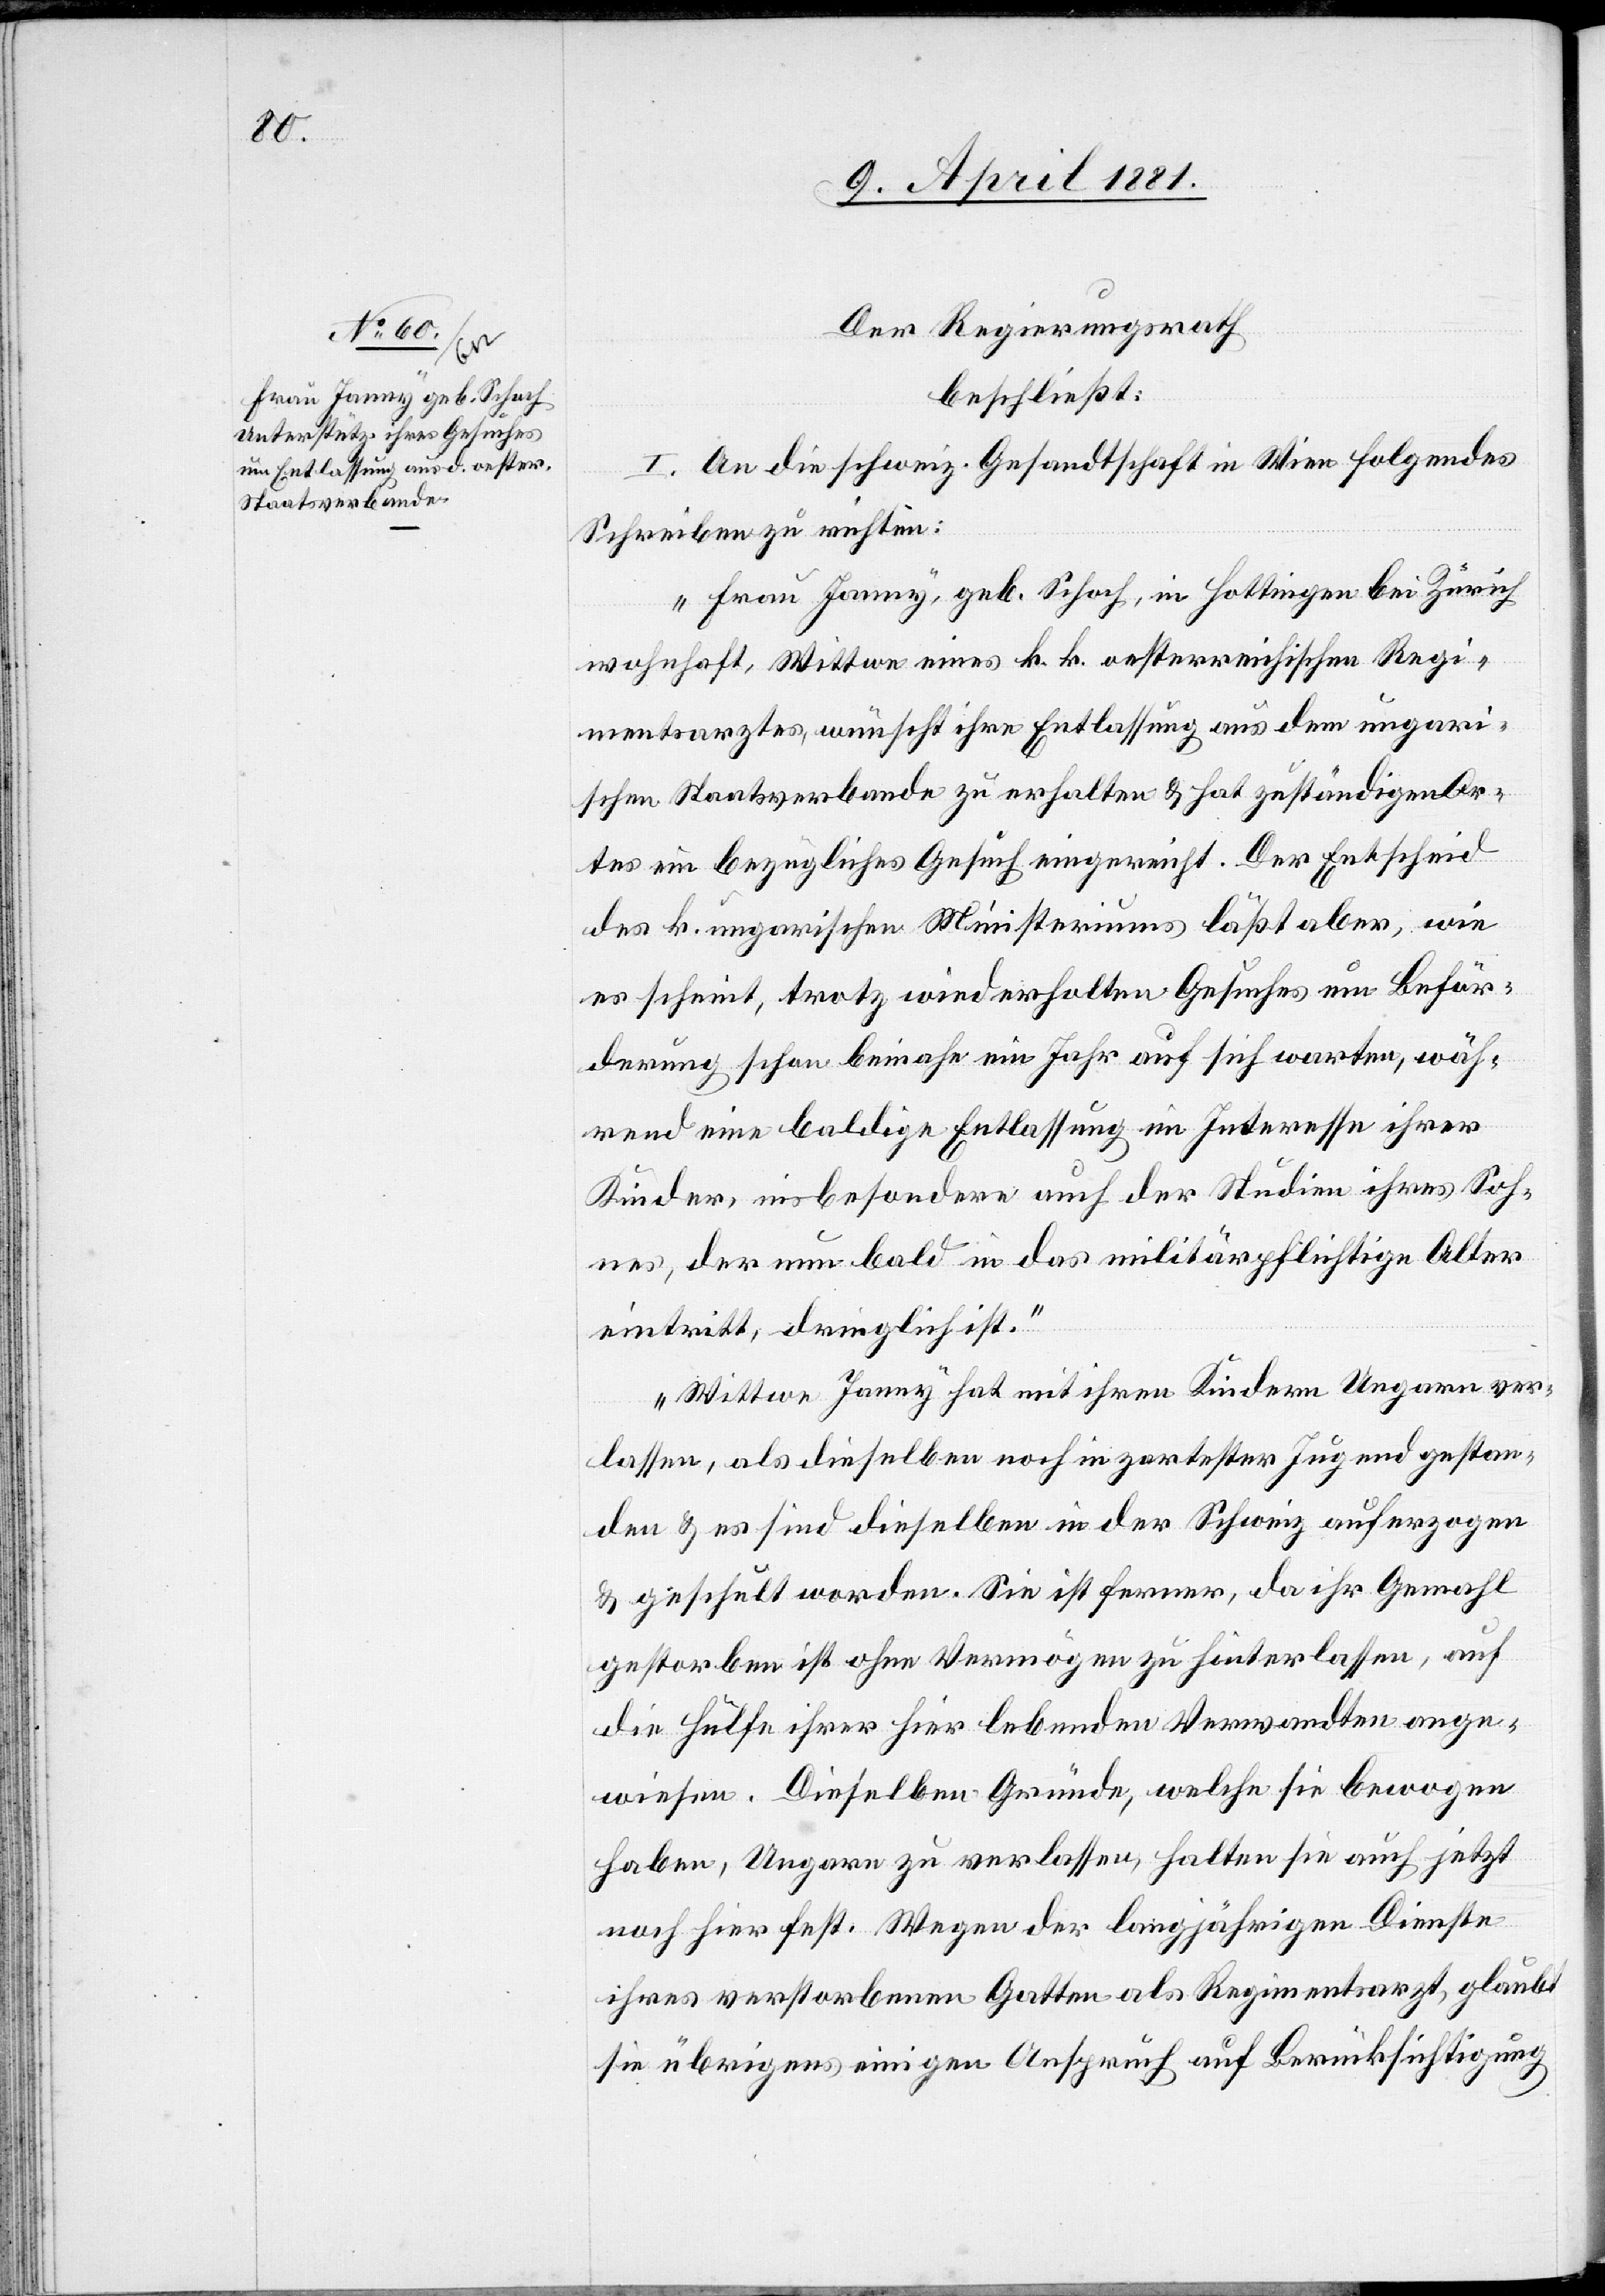
Der Regierungsrath
beschließt:
I. An die Schweiz. Gesandtschaft in Wien folgendes
Schreiben zu richten:
„Frau Janny, geb. Schoch, in Hottingen bei Zürich
wohnhaft, Wittwe eines k. k. oesterreichischen Regi¬
mentsarztes, wünscht ihre Entlassung aus dem ungari¬
schen Staatsverbande zu erhalten & hat zuständigen Or¬
tes ein bezügliches Gesuch eingereicht. Der Entscheid
des k. ungarischen Ministeriums läßt aber, wie
es scheint, trotz wiederholten Gesuches um Beför¬
derung schon beinahe ein Jahr auf sich warten, wäh¬
rend eine baldige Entlassung im Interesse ihres
Kindes, insbesondere auch der Studien ihres Soh¬
nes, der nun bald in das militärpflichtige Alter
eintritt, dringlich ist.
Wittwe Janny hat mit ihren Kindern Ungarn ver¬
lassen, als dieselben noch in zartester Jugend gestan¬
den & es sind dieselben in der Schweiz auferzogen
& geschult worden. Sie ist ferner, da ihr Gemahl
gestorben ist ohne Vermögen zu hinterlassen, auf
die Hülfe ihrer hier lebenden Verwandten ange¬
wiesen. Dieselben Gründe, welche sie bewogen
haben, Ungarn zu verlassen, halten sie auch jetzt
noch hier fest. Wegen der langjährigen Dienste
ihres verstorbenen Gatten als Regimentsarzt, glaubt
sie übrigens einigen Anspruch auf Berücksichtigung